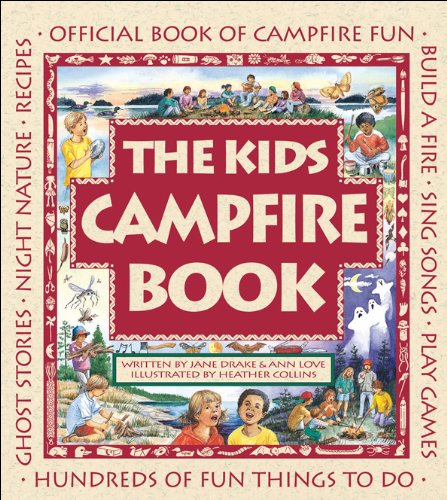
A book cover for The Kids Campfire Book: Official Book of Campfire Fun (Family Fun); Jane Drake; Children's Books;